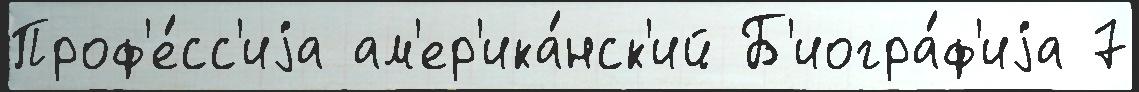
Проф'е́сс'иjа ам'ер'ика́нск'ий Б'иогра́ф'иjа 7